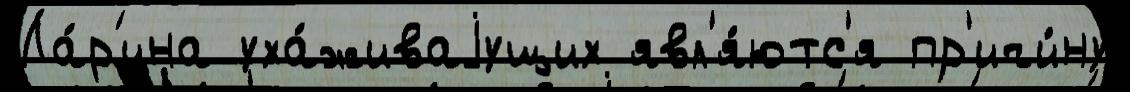
Ла́р'ина уха́живаjущих явл'я́ютс'я пр'ичи́ну